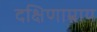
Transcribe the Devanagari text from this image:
दक्षिणाम्नाय